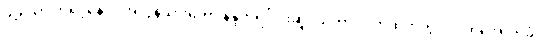
သို့သော် ဘုရင့်နောင် အလွန်သားတော် နန္ဒဘုရင်ငါးဆူဒယကာ လက်ထက်တွင် လက်အောက်ခံ